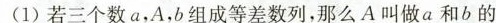
(1)若三个数a，A，b组成等差数列，那么A叫做a和b的